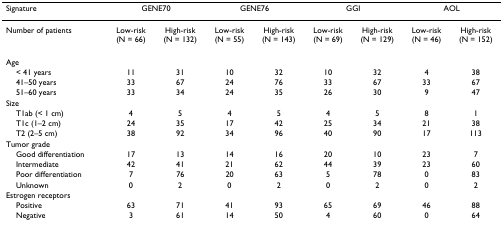
<table><thead><tr><td><b>Signature</b></td><td colspan="2"><b>GENE70</b></td><td colspan="2"><b>GENE76</b></td><td colspan="2"><b>GGI</b></td><td colspan="2"><b>AOL</b></td></tr></thead><tbody><tr><td>Number of patients</td><td>Low-risk (N = 66)</td><td>High-risk (N = 132)</td><td>Low-risk (N = 55)</td><td>High-risk (N = 143)</td><td>Low-risk (N = 69)</td><td>High-risk (N = 129)</td><td>Low-risk (N = 46)</td><td>High-risk (N = 152)</td></tr><tr><td>Age</td><td></td><td></td><td></td><td></td><td></td><td></td><td></td><td></td></tr><tr><td> &lt; 41 years</td><td>11</td><td>31</td><td>10</td><td>32</td><td>10</td><td>32</td><td>4</td><td>38</td></tr><tr><td> 41–50 years</td><td>33</td><td>67</td><td>24</td><td>76</td><td>33</td><td>67</td><td>33</td><td>67</td></tr><tr><td> 51–60 years</td><td>33</td><td>34</td><td>24</td><td>35</td><td>26</td><td>30</td><td>9</td><td>47</td></tr><tr><td>Size</td><td></td><td></td><td></td><td></td><td></td><td></td><td></td><td></td></tr><tr><td> T1ab (&lt; 1 cm)</td><td>4</td><td>5</td><td>4</td><td>5</td><td>4</td><td>5</td><td>8</td><td>1</td></tr><tr><td> T1c (1–2 cm)</td><td>24</td><td>35</td><td>17</td><td>42</td><td>25</td><td>34</td><td>21</td><td>38</td></tr><tr><td> T2 (2–5 cm)</td><td>38</td><td>92</td><td>34</td><td>96</td><td>40</td><td>90</td><td>17</td><td>113</td></tr><tr><td>Tumor grade</td><td></td><td></td><td></td><td></td><td></td><td></td><td></td><td></td></tr><tr><td> Good differentiation</td><td>17</td><td>13</td><td>14</td><td>16</td><td>20</td><td>10</td><td>23</td><td>7</td></tr><tr><td> Intermediate</td><td>42</td><td>41</td><td>21</td><td>62</td><td>44</td><td>39</td><td>23</td><td>60</td></tr><tr><td> Poor differentiation</td><td>7</td><td>76</td><td>20</td><td>63</td><td>5</td><td>78</td><td>0</td><td>83</td></tr><tr><td> Unknown</td><td>0</td><td>2</td><td>0</td><td>2</td><td>0</td><td>2</td><td>0</td><td>2</td></tr><tr><td>Estrogen receptors</td><td></td><td></td><td></td><td></td><td></td><td></td><td></td><td></td></tr><tr><td> Positive</td><td>63</td><td>71</td><td>41</td><td>93</td><td>65</td><td>69</td><td>46</td><td>88</td></tr><tr><td> Negative</td><td>3</td><td>61</td><td>14</td><td>50</td><td>4</td><td>60</td><td>0</td><td>64</td></tr></tbody></table>